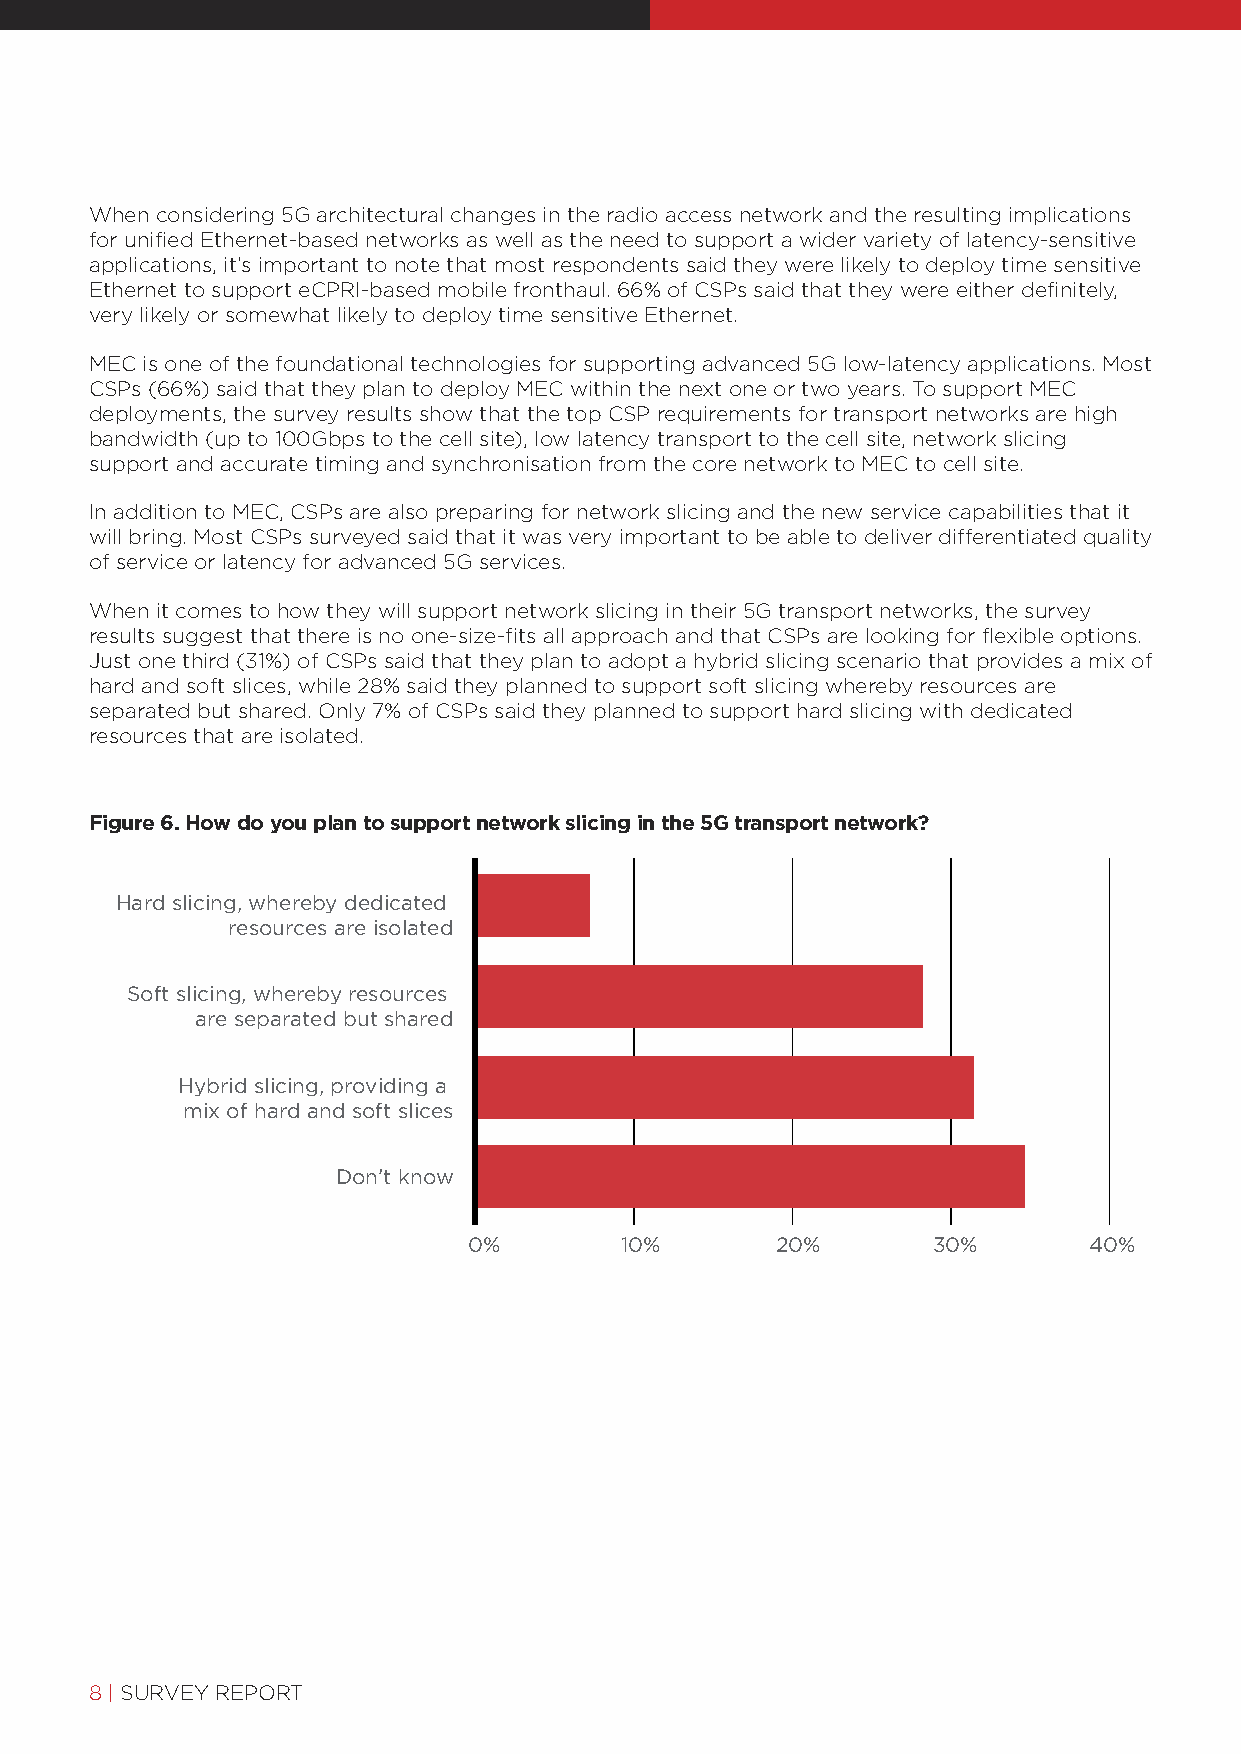
When considering 5G architectural changes in the radio access network and the resulting implications
 for unified Ethernet-based networks as well as the need to support a wider variety of latency-sensitive
 applications, it’s important to note that most respondents said they were likely to deploy time sensitive
 Ethernet to support eCPRI-based mobile fronthaul. 66% of CSPs said that they were either definitely,
 very likely or somewhat likely to deploy time sensitive Ethernet.
 MEC is one of the foundational technologies for supporting advanced 5G low-latency applications. Most
 CSPs (66%) said that they plan to deploy MEC within the next one or two years. To support MEC
 deployments, the survey results show that the top CSP requirements for transport networks are high
 bandwidth (up to 100Gbps to the cell site), low latency transport to the cell site, network slicing
 support and accurate timing and synchronisation from the core network to MEC to cell site.
 In addition to MEC, CSPs are also preparing for network slicing and the new service capabilities that it
 will bring. Most CSPs surveyed said that it was very important to be able to deliver differentiated quality
 of service or latency for advanced 5G services.
 When it comes to how they will support network slicing in their 5G transport networks, the survey
 results suggest that there is no one-size-fits all approach and that CSPs are looking for flexible options.
 Just one third (31%) of CSPs said that they plan to adopt a hybrid slicing scenario that provides a mix of
 hard and soft slices, while 28% said they planned to support soft slicing whereby resources are
 separated but shared. Only 7% of CSPs said they planned to support hard slicing with dedicated
 resources that are isolated.
 Figure 6. How do you plan to support network slicing in the 5G transport network?
 Hard slicing, whereby dedicated
 resources are isolated
 Soft slicing, whereby resources
 are separated but shared
 Hybrid slicing, providing a
 mix of hard and soft slices
 Don’t know
 0%        10%       20%        30%       40%
 8| SURVEY REPORT